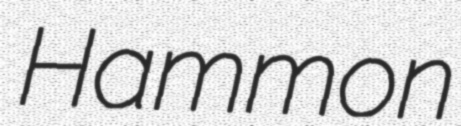
Hammon